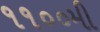
૧૧૦૦મી